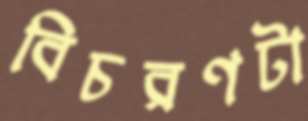
বিচরণটা